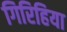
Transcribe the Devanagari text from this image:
गिरिहिया